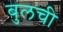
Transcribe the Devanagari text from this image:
बुलची